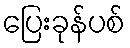
ပြေးခုန်ပစ်